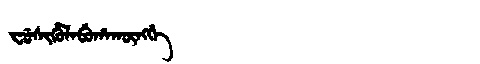
Manchu: ᠸᡠᠰᡳᡥᡠᠯᠠᠪᡠᡥᠠᡴᡡᠩᡤᡝ
Romanization: FUSIHULABUHAKŪNGGE